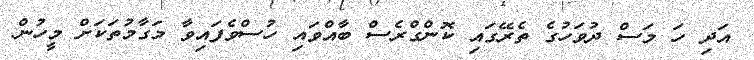
އަދި ހަ މަސް ދުވަހުގެ ތެރޭގައި ކޮންގްރެސް ބާއްވައި ހުސްވެފައިވާ މަގާމުތަކަށް މީހުން